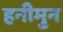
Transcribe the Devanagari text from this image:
हनीमुन